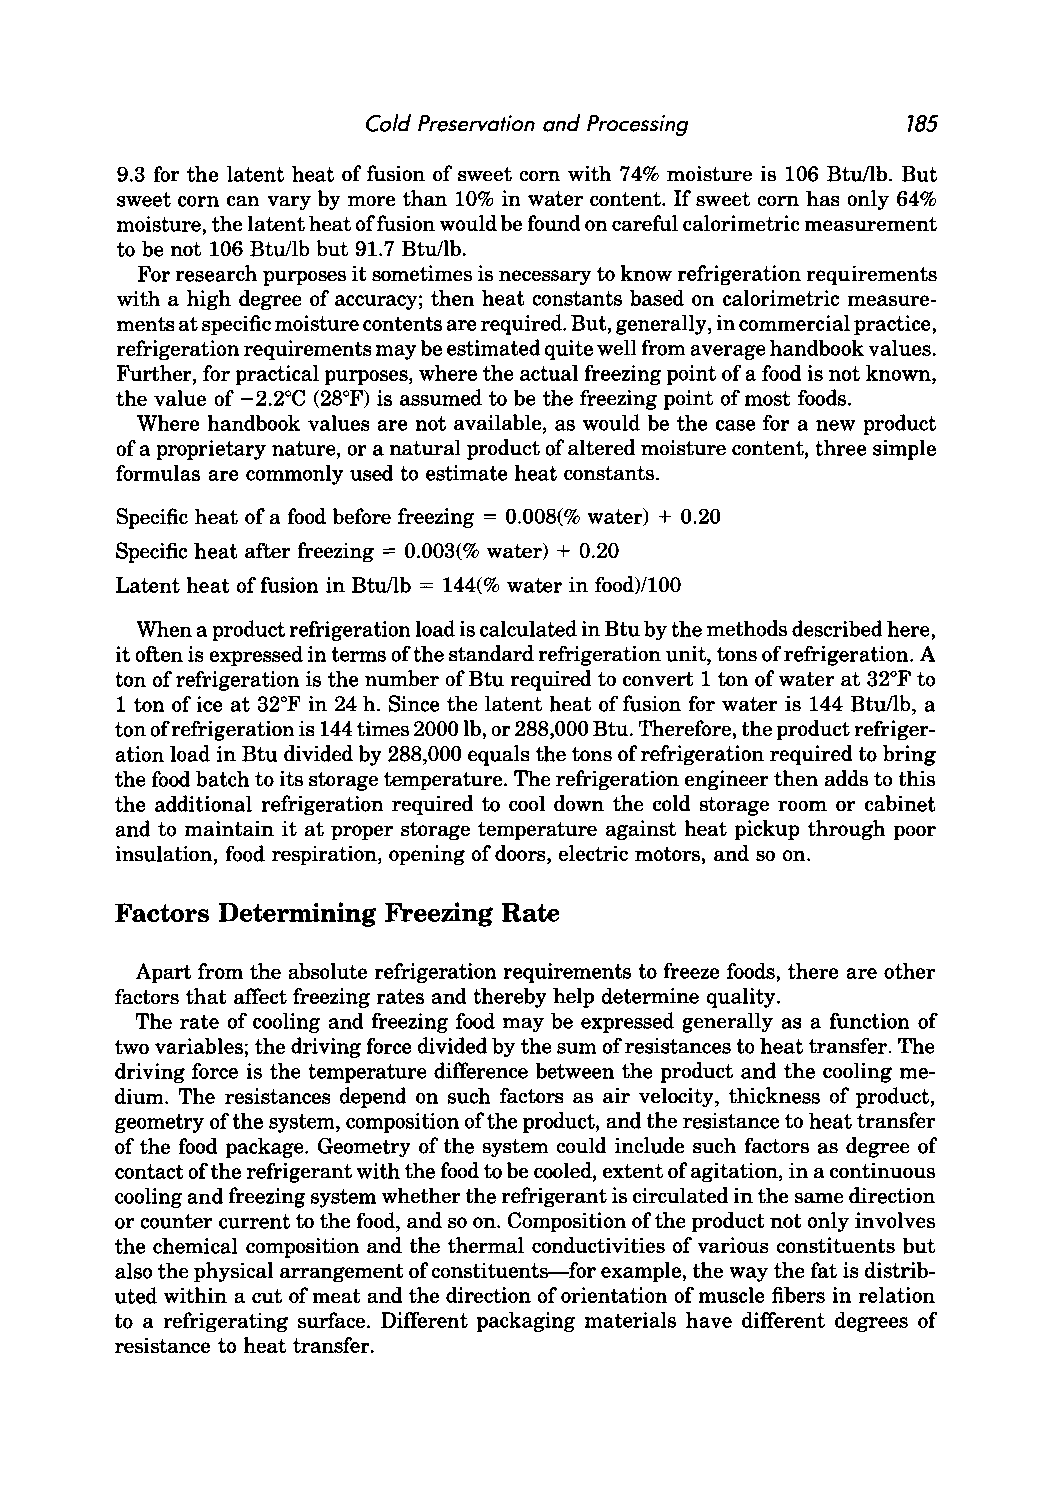
Cold Preservation and Processing    785
 9.3 for the latent heat of fusion of sweet corn with 74% moisture is 106 Btu/lb. But
 sweet corn can vary by more than 10% in water content. If sweet corn has only 64%
 moisture, the latent heat offusion would be found on careful calorimetric measurement
 to be not 106 Btu/lb but 91.7 Btu/lb.
 For research purposes it sometimes is necessary to know refrigeration requirements
 with a high degree of accuracy; then heat constants based on calorimetric measure
 ments at specific moisture contents are required. But, generally, in commercial practice,
 refrigeration requirements may be estimated quite well from average handbook values.
 Further, for practical purposes, where the actual freezing point of a food is not known,
 the value of -2.2°C (28°F) is assumed to be the freezing point of most foods.
 Where handbook values are not available, as would be the case for a new product
 of a proprietary nature, or a natural product of altered moisture content, three simple
 formulas are commonly used to estimate heat constants.
 Specific heat of a food before freezing = 0.008(% water) + 0.20
 Specific heat after freezing = 0.003(% water) + 0.20
 Latent heat of fusion in Btu/lb = 144(% water in food)/100
 When a product refrigeration load is calculated in Btu by the methods described here,
 it often is expressed in terms of the standard refrigeration unit, tons of refrigeration. A
 ton of refrigeration is the number of Btu required to convert 1 ton of water at 32°F to
 1 ton of ice at 32°F in 24 h. Since the latent heat of fusion for water is 144 Btu/lb, a
 ton of refrigeration is 144 times 2000 lb, or 288,000 Btu. Therefore, the product refriger
 ation load in Btu divided by 288,000 equals the tons of refrigeration required to bring
 the food batch to its storage temperature. The refrigeration engineer then adds to this
 the additional refrigeration required to cool down the cold storage room or cabinet
 and to maintain it at proper storage temperature against heat pickup through poor
 insulation, food respiration, opening of doors, electric motors, and so on.
 Factors Determining Freezing Rate
 Apart from the absolute refrigeration requirements to freeze foods, there are other
 factors that affect freezing rates and thereby help determine quality.
 The rate of cooling and freezing food may be expressed generally as a function of
 two variables; the driving force divided by the sum of resistances to heat transfer. The
 driving force is the temperature difference between the product and the cooling me
 dium. The resistances depend on such factors as air velocity, thickness of product,
 geometry of the system, composition of the product, and the resistance to heat transfer
 of the food package. Geometry of the system could include such factors as degree of
 contact of the refrigerant with the food to be cooled, extent of agitation, in a continuous
 cooling and freezing system whether the refrigerant is circulated in the same direction
 or counter current to the food, and so on. Composition of the product not only involves
 the chemical composition and the thermal conductivities of various constituents but
 also the physical arrangement of constituents-for example, the way the fat is distrib
 uted within a cut of meat and the direction of orientation of muscle fibers in relation
 to a refrigerating surface. Different packaging materials have different degrees of
 resistance to heat transfer.